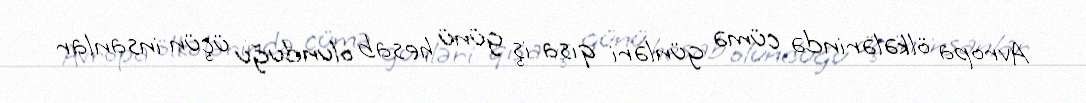
Avropa ölkələrində cümə günləri qısa iş günü hesab olunduğu üçün insanlar